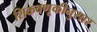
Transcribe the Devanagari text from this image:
शिकवणूकीनुसार